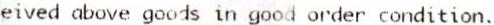
EIVED ABOVE GOODS IN GOOD ORDER CONDITION.